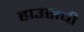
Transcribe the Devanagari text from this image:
हाउसची